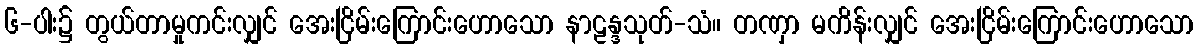
၆-ပါး၌ တွယ်တာမှုကင်းလျှင် အေးငြိမ်းကြောင်းဟောသော နာဠန္ဒသုတ်-သံ။ တဏှာ မကိန်းလျှင် အေးငြိမ်းကြောင်းဟောသော